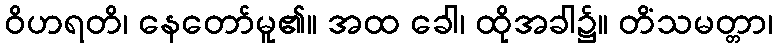
ဝိဟရတိ၊ နေတော်မူ၏။ အထ ခေါ၊ ထိုအခါ၌။ တိံသမတ္တာ၊